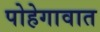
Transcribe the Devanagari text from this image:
पोहेगावात